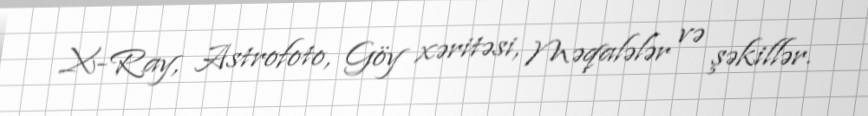
X-Ray, Astrofoto, Göy xəritəsi, Məqalələr və şəkillər.